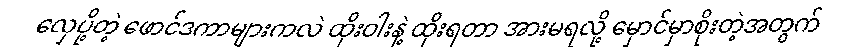
လှေပို့တဲ့ ဖောင်ဒကာများကလဲ ထိုးဝါးနဲ့ ထိုးရတာ အားမရလို့ မှောင်မှာစိုးတဲ့အတွက်